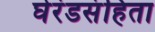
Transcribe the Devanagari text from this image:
घेरंडसंहिता